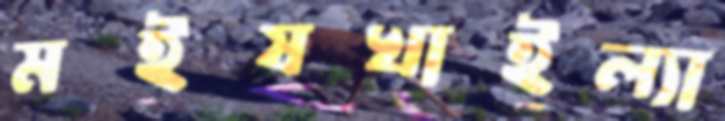
মইষখাইল্যা